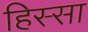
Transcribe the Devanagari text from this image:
हिस्सा